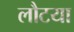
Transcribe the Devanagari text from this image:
लौटया